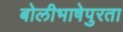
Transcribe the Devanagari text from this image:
बोलीभाषेपुरता